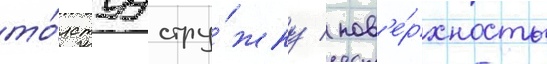
то́лстуу стру́жку / пов'е́рхность